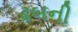
ઢબની